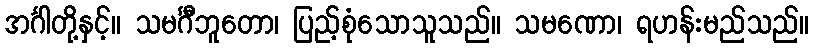
အင်္ဂါတို့နှင့်။ သမင်္ဂီဘူတော၊ ပြည့်စုံသောသူသည်။ သမဏော၊ ရဟန်းမည်သည်။